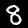
Label: 8